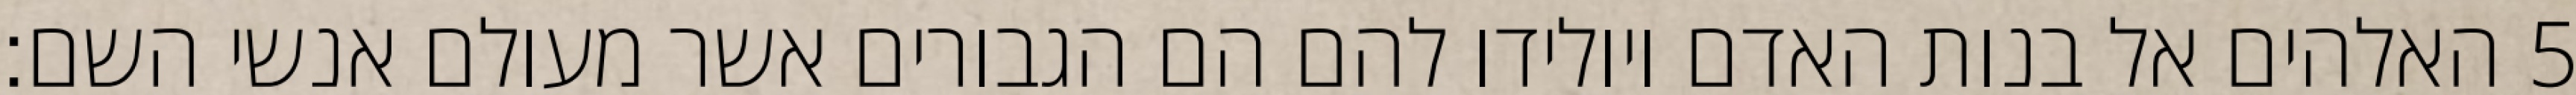
האלהים אל בנות האדם ויולידו להם הם הגבורים אשר מעולם אנשי השם׃ ‎5‏